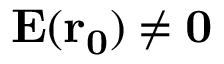
\mathbf { E } ( \mathbf { r _ { 0 } } ) \neq \mathbf { 0 }